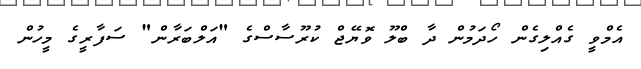
އެމްވީ ގެއްލިގެން ހޯދަމުން ދާ ބްލޫ ވޮޔޭޖް ކުރޫސާސްގެ "އަލްބަރާން" ސަފާރީގެ މީހުން